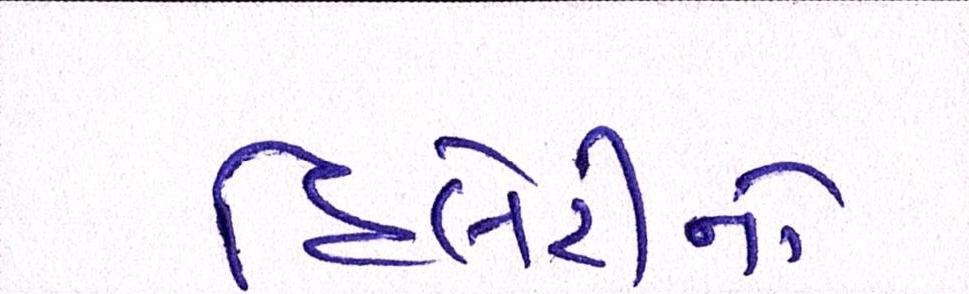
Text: હિલેરીનો